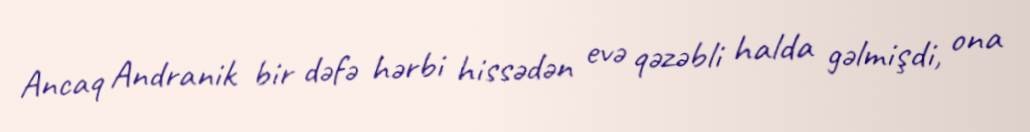
Ancaq Andranik bir dəfə hərbi hissədən evə qəzəbli halda gəlmişdi, ona